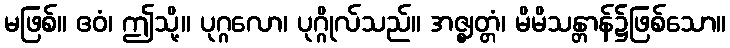
မဖြစ်။ ဧဝံ၊ ဤသို့။ ပုဂ္ဂလော၊ ပုဂ္ဂိုလ်သည်။ အဇ္ဈတ္တံ၊ မိမိသန္တာန်၌ဖြစ်သော။